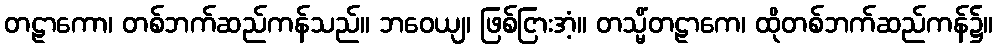
တဠာကော၊ တစ်ဘက်ဆည်ကန်သည်။ ဘဝေယျ၊ ဖြစ်ငြားအံ့။ တသ္မိံတဠာကေ၊ ထိုတစ်ဘက်ဆည်ကန်၌။